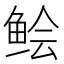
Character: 鲙